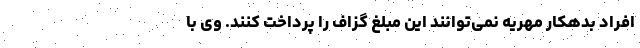
افراد بدهکار مهریه نمی‌توانند این مبلغ گزاف را پرداخت کنند. وی با